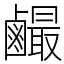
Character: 䴝